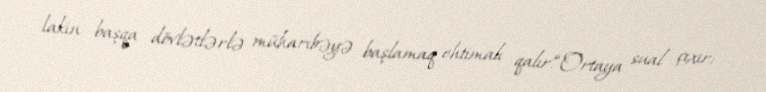
lakin başqa dövlətlərlə müharibəyə başlamaq ehtimalı qalır.“Ortaya sual çıxır: